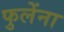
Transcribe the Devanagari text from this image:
फुलेंना